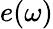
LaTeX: e(\omega)